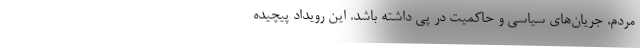
مردم، جریان‌های سیاسی و حاکمیت در پی داشته باشد. این رویداد پیچیده